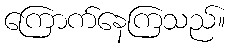
ကြောက်နေကြသည်။